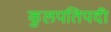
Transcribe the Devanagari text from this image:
कुलपतिपदी